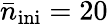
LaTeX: \bar{n}_{\mathrm{ini}}=20